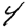
Digit: 4